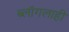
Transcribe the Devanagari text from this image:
ब्लॉगलाही